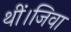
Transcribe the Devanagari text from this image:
थीं।जिवा